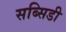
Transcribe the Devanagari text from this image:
सब्‍सिडी